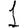
Digit: 1